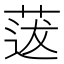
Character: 𦳺